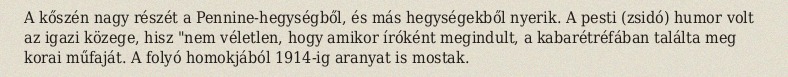
A kőszén nagy részét a Pennine-hegységből, és más hegységekből nyerik. A pesti (zsidó) humor volt az igazi közege, hisz "nem véletlen, hogy amikor íróként megindult, a kabarétréfában találta meg korai műfaját. A folyó homokjából 1914-ig aranyat is mostak.